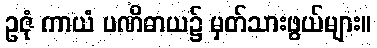
ဥဇုံ ကာယံ ပဏိဓာယ၌ မှတ်သားဖွယ်များ။